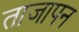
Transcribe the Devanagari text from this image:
ताजापन